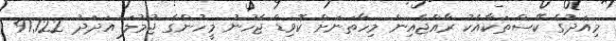
މިއަދުގެ ކޭސްތަކާއެކު ރާއްޖެއިން މިހާތަނަށް ކޮވިޑް ޖެހުނު މީހުންގެ ޖުމުލަ އަދަދު 91